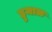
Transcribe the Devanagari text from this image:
हुमाळ